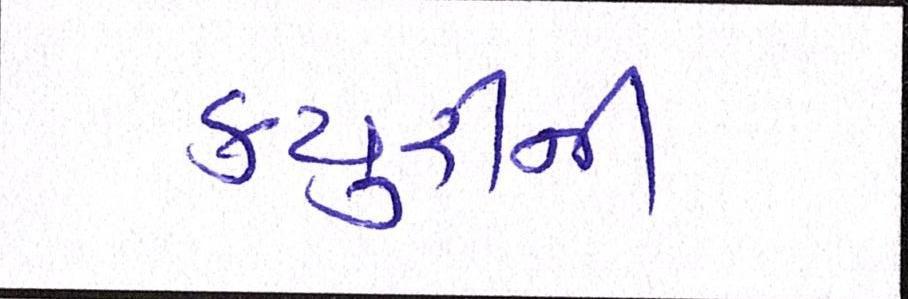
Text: ક્યુરીની